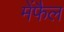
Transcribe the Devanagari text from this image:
मेंफैल